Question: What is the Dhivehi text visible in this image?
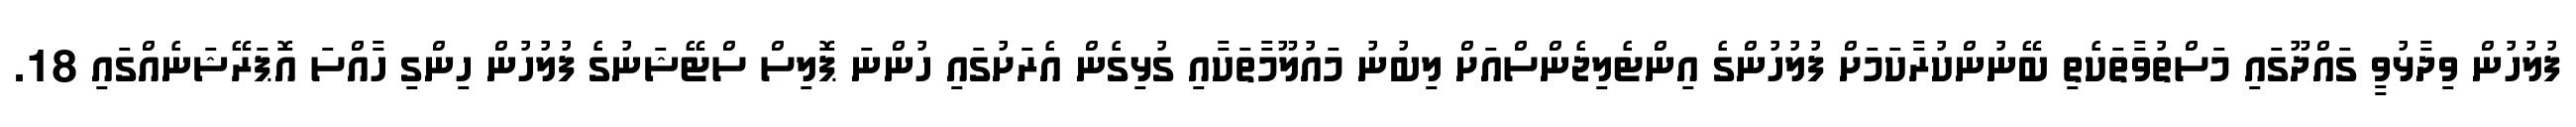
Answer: ފުލުހުން ވިދާޅުވީ ގައްދޫގައި މަސްތުވާތަކެތި ބޭނުންކުރާކަމަށް ފުލުހުންގެ އިންޓެލިޖެންސްއަށް ލިބުނު މައުލޫމާތަކާއި ގުޅިގެން އެރަށުގައި ހުންނަ ޕޮލިސް ސްޓޭޝަނުގެ ފުލުހުން ހިންގި ހާއްސަ އޮޕަރޭޝަނެއްގައި 18.